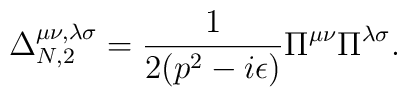
\Delta^{\mu\nu,\lambda\sigma}_{N,2} = \frac{1}{2(p^2-i\epsilon)}\Pi^{\mu\nu}\Pi^{\lambda\sigma}.